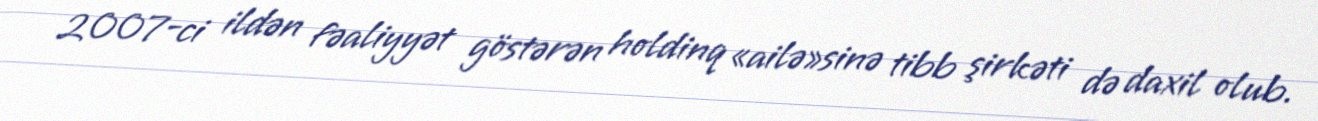
2007-ci ildən fəaliyyət göstərən holdinq «ailə»sinə tibb şirkəti də daxil olub.